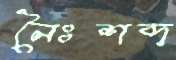
নৈঃশব্দ